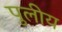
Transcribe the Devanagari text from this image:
पुलीय